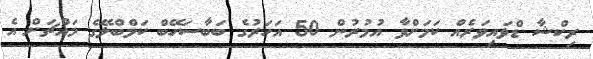
ރިކްޝާ ޑްވައިވަރެއް ކަމަށްވާ އުމުރުން 50 އަހަރުގެ ބަބާސަހޭބް ކަމްބްލޭގެ މައްޗަށް އެ